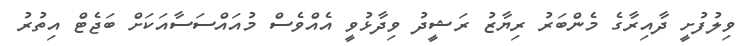
ވިލުފުށީ ދާއިރާގެ މެންބަރު ރިޔާޒު ރަޝީދު ވިދާޅުވީ އެއްވެސް މުއައްސަސާއަކަށް ބަޖެޓް އިތުރު